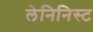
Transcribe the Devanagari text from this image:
लेनिनिस्ट